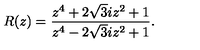
R ( z ) = \frac { z ^ { 4 } + 2 \sqrt { 3 } i z ^ { 2 } + 1 } { z ^ { 4 } - 2 \sqrt { 3 } i z ^ { 2 } + 1 } .